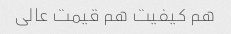
هم کیفیت هم قیمت عالی